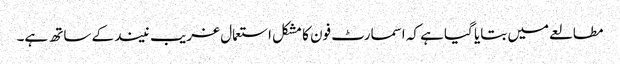
مطالعے میں بتایا گیا ہے کہ اسمارٹ فون کا مشکل استعمال غریب نیند کے ساتھ ہے۔